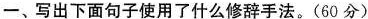
一、写出下面句子使用了什么修辞手法。(60分)